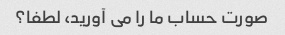
صورت حساب ما را می آورید، لطفا؟